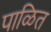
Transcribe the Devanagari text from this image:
पाळित